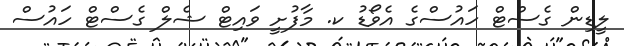
ލީޑިން ގެސްޓް ހައުސްގެ އެވޯޑު ކ. މާފުށީ ވައިޓް ޝެލް ގެސްޓް ހައުސް